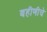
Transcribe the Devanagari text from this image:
बहीणीचे